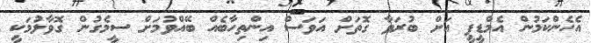
އެހެންކަމުން އެމްޑީޕީ އަށް ބުރަވާ ގޮތަށް އަވަސް އިންތިހާބެއް ބޭއްވުމަށް ސީމެގުން ގޮވާލުމަކީ